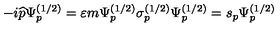
- i \widehat { p } \Psi _ { p } ^ { ( 1 / 2 ) } = \varepsilon m \Psi _ { p } ^ { ( 1 / 2 ) } \sigma _ { p } ^ { ( 1 / 2 ) } \Psi _ { p } ^ { ( 1 / 2 ) } = s _ { p } \Psi _ { p } ^ { ( 1 / 2 ) }